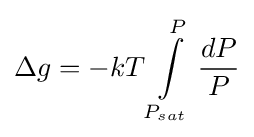
\Delta g=-kT\int \limits _{P_{sat}}^{P}{\frac {dP}{P}}